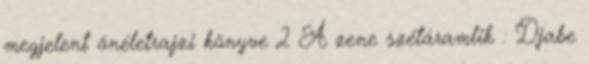
megjelent önéletrajzi könyve 2 A zene szétáramlik : Djabe